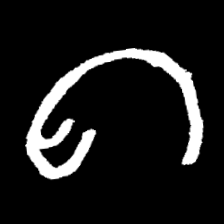
Pyu character \u2014 Myanmar letter: ဂ (romanized: ga)